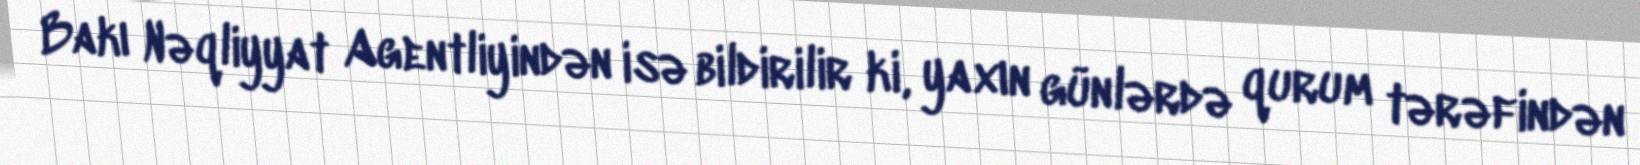
Bakı Nəqliyyat Agentliyindən isə bildirilir ki, yaxın günlərdə qurum tərəfindən